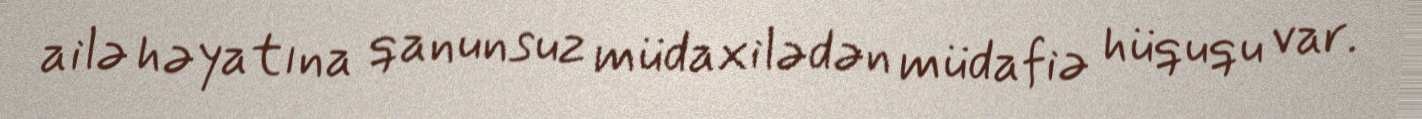
ailə həyatına qanunsuz müdaxilədən müdafiə hüququ var.